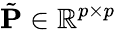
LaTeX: \tilde{\mathbf{P}}\in\mathbb{R}^{p\times p}